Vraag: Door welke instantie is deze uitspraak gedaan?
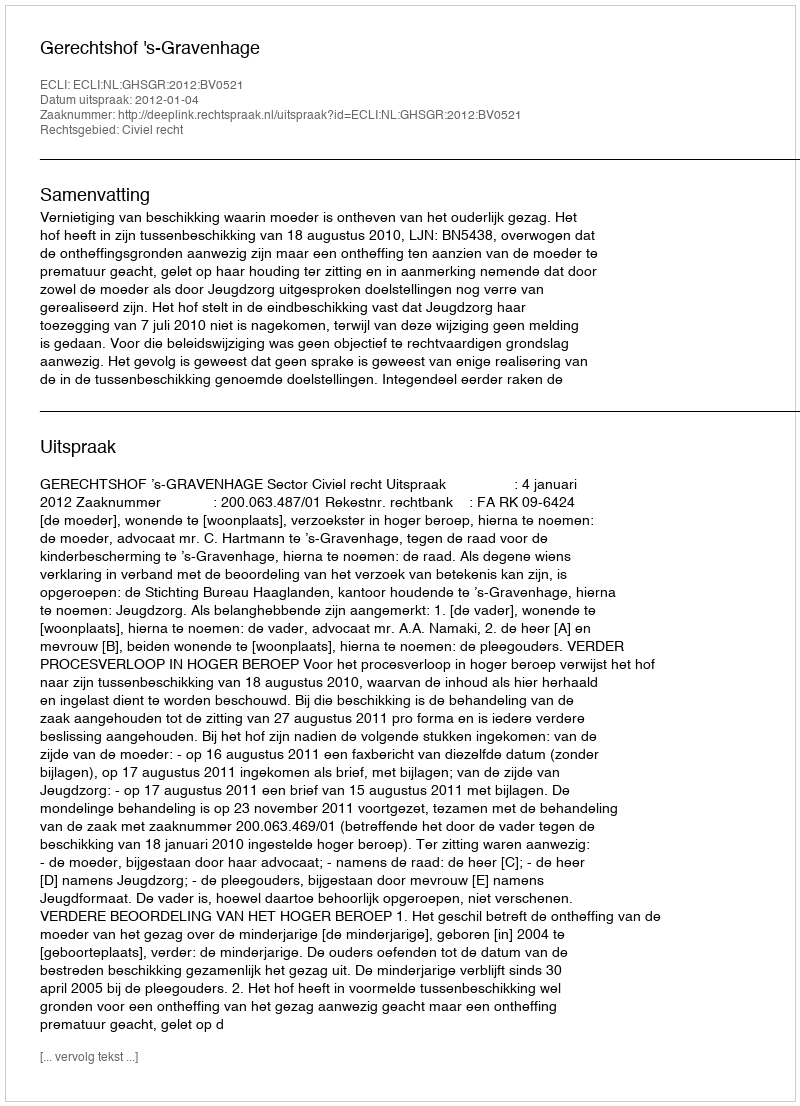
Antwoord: Gerechtshof 's-Gravenhage